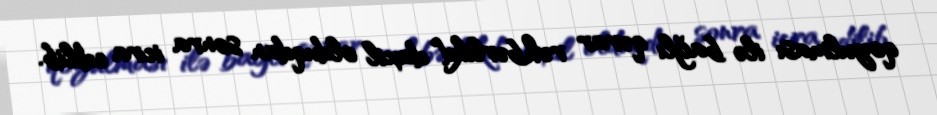
qoyulması ilə bağlı qərar rəhbərlikd daxil olduqdan sonra icra edilib.